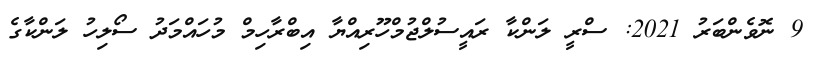
9 ނޮވެންބަރު 2021: ސްރީ ލަންކާ ރައީސުލްޖުމްހޫރިއްޔާ އިބްރާހިމް މުހައްމަދު ސޯލިހު ލަންކާގެ